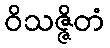
ဝိသဇ္ဇိတံ